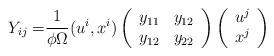
LaTeX: \begin{align*}Y_{ij}=&\frac{1}{\phi\Omega}(u^i, x^i)\left(\begin{array}{c c}y_{11} & y_{12}\\y_{12}& y_{22} \end{array}\right)\left(\begin{array}{c}u^j\\x^j\end{array}\right) \end{align*}